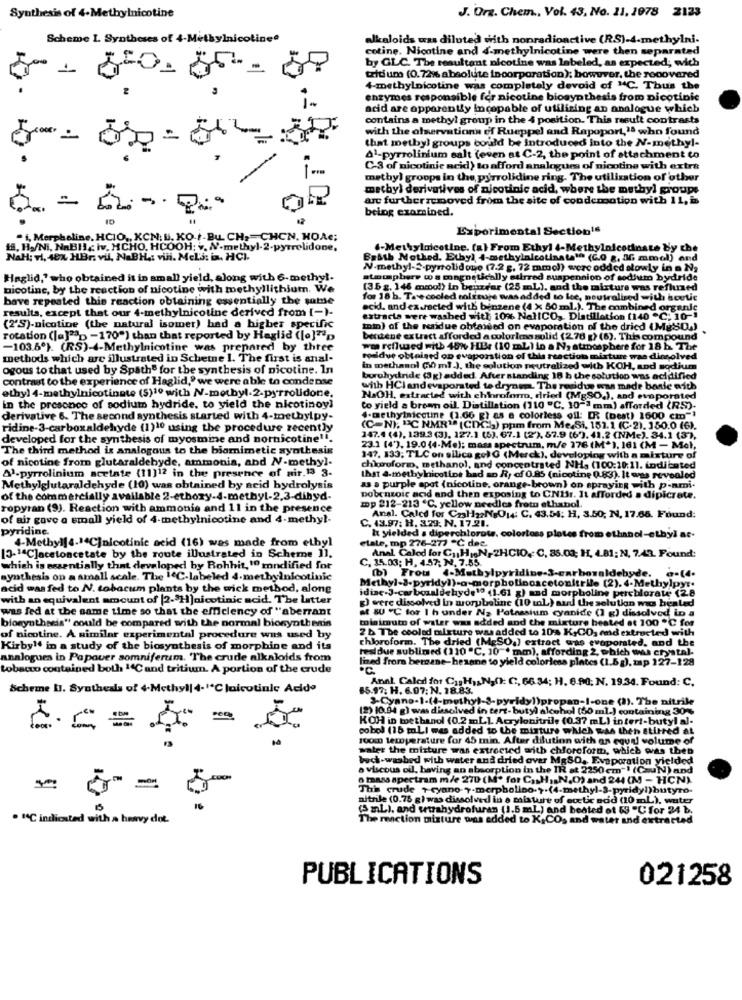
J. Orz. Chem ., Vol. 43, No. 11, 1978 2123
Synthesis of 4-Methylnicotine
Scheme I. Syntheses of 4-Methylnicotine*
alkaloids was diluted with nonradionctive (R.S)-4-methylni-
cotine. Nicotine and d-methylnicotine were then separated
by GLC. The resultant nicotine was labeled, as expected; wich
50- 850-05 - 88
triti una (0.72% absolute incorporation); however, the recovered
4-methylnicotine was completely devoid of "C. Thus the
enzymes responsible for nicotine biosynthesis from nicotinic
acid are apparently incapable of utilizing an analogue which
contains a methyl group in the 4 position. This result contrasts
with the olservations of Rueppel and Rapoport,"ª who found
that metbyl groups could be introduced into the N-methyl-
Al-pyrrolinium salt (even at C-2, the point of attachment to
C-3 of nicotinic acid) to afford analogues of nicotine with extra
methyl groops in the pyrrolidine ring. The utilization of other
matbyl derivatives of nicotinic acid, where the methyl groups
are furtherremoved from the site of condensation with 11, i
being examined.
Experimental Section16
. i, Merphaline, HCIO ,, KCN: B. KO./-Bu. CH ,= CHCN, HOAe;
f. H./Ni, NaBI), Iv. MCHO, HCOOH; v. N-methyl-2-pyrrolidone.
4-Methylnicotine. (a) From Ethyl 4-Methylnicodinate by the
NaH: vi, 40x HBr: vil, NaBH .: vili. Mel's: in. HCI.
Basth Nothed. Ethyl I-methylnicotinata1 (C.O &, If mmol) and
N-methyl-2-pyrrolidone (7.2 g. 72 mmol) were added slowly in . Na
Haglid," who obtained it in small yield, along with 6-methyl.
atmupbers wo a magnetically stirred suspension of sodium bydride
nicotine, by the reaction of nicotine with methyllithium. We
(35 g. 146 mmol) in benzear (25 mL), and the mixture was refined
bave repeated this reaction obtaining essentially the same
for 18 b. Ta'e cooled colinuje wasadded to lee, neutralised with boutic
resulta, except that our 4-methylnicotine derived from [-)-
acid. and ex.racted with benzene (4 x 50 ml.). The onmbined organic
estracta were washed with 10% NalICO, Dlatillation (140 "℃; 10-1
(2'S)-nicotine (the natural isomet) had a higher specific
min) of the residue obfaised on evaporation of the dricd (M&80.)
rotation ([a]""> -170") than that reported by Haglid ([o]"p
bentene extract afforded a colories solid (270 g) (6). This compound
-103.5). (RS)-4-Methylnicotine was prepared by three
wo reflused with 48% HBr (10 ml ) in a N, atmosphere for 18 h. The
methods which are illustrated in Schetne I. The first is anal-
rodidue obtained op evaporation of this reaction
e was dimsolved
ogous to that used by Spathe for the synthesis of nicotine. In
in methanol Gh ml.). the solution neutralized with KOH, and sodium
contrast to the experience of Haglid," we were able to condense
buruhydride (3g) added After standing 18 b the solution was acidified
ethyl 4-methylnicotinate (S)1º with NV-motbyl.2-pyrrolidone.
with HClandevaporated te drynem. The residue was made boale with
i was made basie with
NaOH, extracted with chloroform, dried (MgSO.), and evaporated
in the presence of sodium hydride. to yield the nicotinoy!
to yield a brenn oil. Distillation (110 "℃. 10-3 mm) afforded (RS)-
derivative 6. The second synthesis started with 4-methylpy-
4-methylnicgtine (3.00 g
as a colorless oil: [R (beat) 1600 cm"}
ridine-3-carboxaldehyde (1)10 using the procedure recently
(C-N), "C NMR"" (CDC) ppm from Me.Si, 151.1 (C-2). 180.0 (6).
developed for the synthesis of myosmine and nornicotine"".
147.4 (4), 139.3 (3), 127.1 (5). 67.1 (2'), 57.9 (63. 41.2 (NMe). 34.1 (3),
The third method is analogous to the biomimetic synthesis
23.1 (4'), 19.0 (4-Me); masa spectrum, m/e 176 (M*), 161 (M - Mol,
of nicotine from glutaraldebyde, ammonia, and NV-methyl.
147. 133; TLC on silica gel G (Merck), developing with a mixture of
Al-pyrrolinium acetate (11)12 in the presence of mir.13 3.
chiaroforo, methanol, and concentrated NH. (100:10:11. indicated
that a-methylnicotine bad so Ry of 0.85 (nicotine 0.83). It was revealed
Methylglutaraldehyde (10) was obtained by acid bydrolysis
& a purple apot (nicotine, orange-brown) on spraying with p-ami-
of the commercially available 2-ethory-d-methyl-2,3-dihyd-
Dobenzoic acid and then exposing to CNIr. It afforded a dipicrate.
mp 212-213 C. yellow needles freto ethabol.
ropyran (9). Reaction with ammonia and 11 in the presence
of air gave a small yield of 4-methylnicotine and 4-methyl-
C. 43.97: H. 3.29: N. 17.21.
Anal. Calce for CzaH22Ns014: C. 43.54: H, 3.50; N. 17.66. Found:
pyridine.
4-Methylje-1ªC]nicotinic acid (16) was made from etbyl
elale, mp 276-277 "℃ dec.
I yielded a diperchlorate, colortoss plotes from ethanol-ethyl at-
[3-1ªC]acetoncetate by the route illustrated in Scheme 11.
, 35.03; H, 4.57; N. 7.55.
Anal Caled for Gy, HIN,2HCIO. C, 85.03; H, 4.81; N, 7.49. Found:
which is essentially that developed by Rohhit,10 modified for
(b) Frou 4-Methylpyridine-3-carboraldebyde. a-[4.
synthesis on a small scale. The IC-labeled 4-methylnicotinic
acid wasfed to N. tobocum plants by the wick method, along
idine-3-carboxaldehyde1ª (1.61 g) and morpholine perchlorate (2.8
with an equivalent amount of [2.3H)nicotinic acid. The Latter
was fed at the same time so that the efficiency of "aberrant
g) were dissolved in worybeline (10 tl) and the solution mo beated
at SU "C for I h under Na Potassium cyanide (1 g) dissolved in a
minimum of water was added and the mixture heated at 100 ℃ for
blogynthesis" could be compared with the normal biosynthesis
2 b The cooled mixture was added to 10% K,CO. and extracted with
of nicotine. A similar experimental procedure was used by
chloroform. The dried (MeSO,) extract was evaporated, and the
Kirby1 in a study of the biosynthesis of morphine and ita
residue sublimed (110 "℃. 10"* mm), affording 2, which was crystal-
analogues in Popover somniferum. The crude alkaloids from
lined from bergane-hezane to yield colorless plates (1.5g), zap 127-128
tobacco contained both 14C and tritium. A portion of the crude
.C.
Anal. Called for CasHAN,0): C, 66 34; H. 6.90; N. 19.34. Found: C.
Scheme II. Synthesis of 4-Methyl| 4-1℃ |nicotinle Acido
85.97: H. 6.97: N. 18.83.
an-I-one (1). The nitrile
(2) 10.94 g) was dissolved in tert-butyl alcohol (50 ml-) containing 30%
KOH in toethanol (0.2 mL]. Acrylonitrile (0.37 mL) intert-butyl al-
cobol (15 mLI was added to the mixture which was then stirred at
E= = == = 50
100m temperature for 45 min. After dilution with an eguul volume of
water the mixture was extracted anth chloroform, which evas then
beck-washed with water and dried over MgSO. Evaporation yielded
a viscous oil, having an absorption in the IR at 2250 cm" (CauN) and
o taass spectram m/e 270 (M* for CasHN.O) and 244 (M - HCN)
This crude + cyano-7-merpbolino .?. (4-methyl-3-pyridyl)butyro-
nitrile (0.75 g) was dissolved in a mixture of ecctix add (10 mL), water
(S mL), and wtahydrofuran (1.5 mL) and beated ot 59 "℃ for 24 b.
. "4℃ indicated with a heavy dot.
The reaction mixture was added to K,CO, and water and extracted
PUBLICATIONS
021258